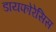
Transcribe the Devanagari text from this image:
डायफोरेसिस